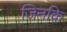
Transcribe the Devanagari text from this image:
जिनकि